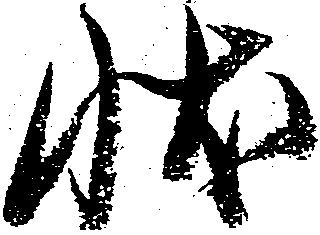
状